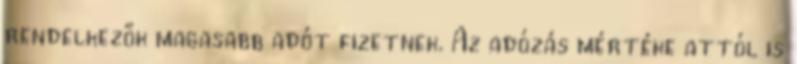
rendelkezők magasabb adót fizetnek. Az adózás mértéke attól is